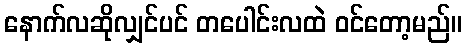
နောက်လဆိုလျှင်ပင် တပေါင်းလထဲ ဝင်တော့မည်။